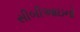
સીબીઆઇનો